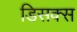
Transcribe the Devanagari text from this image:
डिसक्स